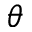
\theta